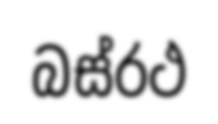
බස්රථ